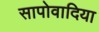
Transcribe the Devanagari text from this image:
सापोवादिया